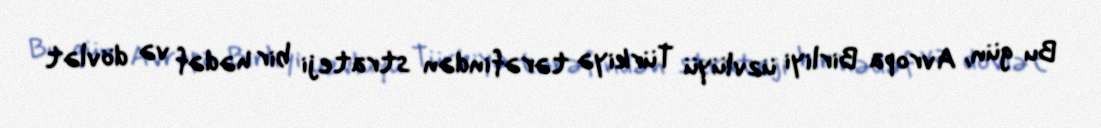
Bu gün, Avropa Birliyi üzvlüyü Türkiyə tərəfindən strateji bir hədəf və dövlət